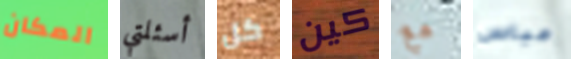
المكان أسئلتي كل كين مع عباس